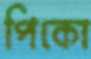
পিকো